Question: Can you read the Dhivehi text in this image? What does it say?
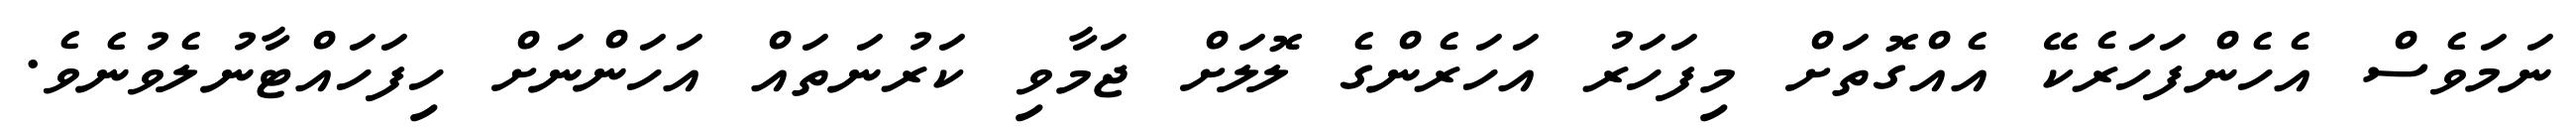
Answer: ނަމަވެސް އެހެންފަހަރެކޭ އެއްގޮތަށް މިފަހަރު އަހަރެންގެ ލޮލަށް ޖަމާވި ކަރުނަތައް އަހަންނަށް ހިފަހައްޓާނުލެވުނެވެ.